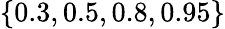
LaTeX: \left\lbrace 0.3,0.5,0.8,0.95\right\rbrace